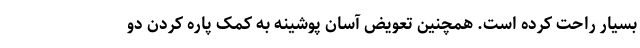
بسیار راحت کرده است. همچنین تعویض آسان پوشینه به کمک پاره کردن دو